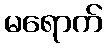
မရောက်